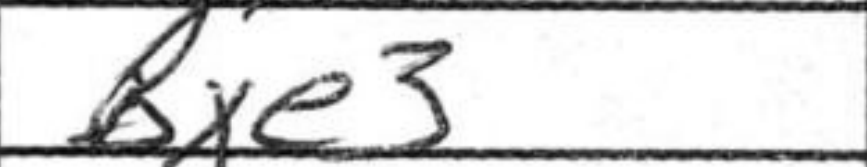
Transcription: Bxe3